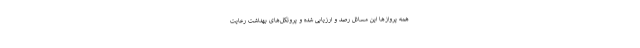
همه پروازها این مسائل رصد و ارزیابی شده و پروتکل‌های بهداشت رعایت